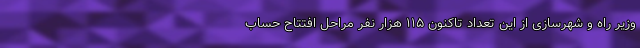
وزیر راه و شهرسازی از این تعداد تاکنون ۱۱۵ هزار نفر مراحل افتتاح حساب